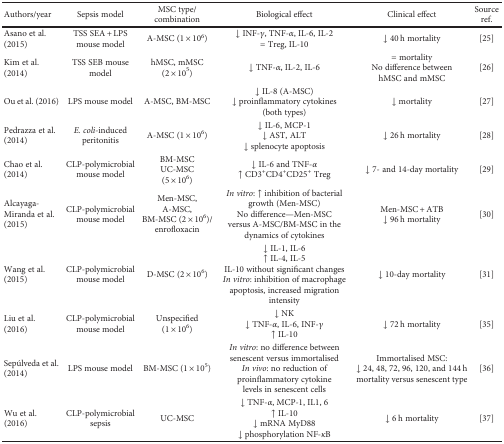
<table><thead><tr><td><b>Authors/year</b></td><td><b>Sepsis model</b></td><td><b>MSC type/combination</b></td><td><b>Biological effect</b></td><td><b>Clinical effect</b></td><td><b>Source ref.</b></td></tr></thead><tbody><tr><td>Asano et al. (2015)</td><td>TSS SEA + LPS mouse model</td><td>A-MSC (1 × 10<sup>6</sup>)</td><td>↓ INF-<i>γ</i>, TNF-<i>α</i>, IL-6, IL-2= Treg, IL-10</td><td>↓ 40 h mortality</td><td>[25]</td></tr><tr><td>Kim et al. (2014)</td><td>TSS SEB mouse model</td><td>hMSC, mMSC (2 × 10<sup>5</sup>)</td><td>↓ TNF-<i>α</i>, IL-2, IL-6</td><td>= mortalityNo difference between hMSC and mMSC</td><td>[26]</td></tr><tr><td>Ou et al. (2016)</td><td>LPS mouse model</td><td>A-MSC, BM-MSC</td><td>↓ IL-8 (A-MSC)↓ proinflammatory cytokines (both types)</td><td>↓ mortality</td><td>[27]</td></tr><tr><td>Pedrazza et al. (2014)</td><td><i>E. coli-</i>induced peritonitis</td><td>A-MSC (1 × 10<sup>6</sup>)</td><td>↓ IL-6, MCP-1↓ AST, ALT↓ splenocyte apoptosis</td><td>↓ 26 h mortality</td><td>[28]</td></tr><tr><td>Chao et al. (2014)</td><td>CLP-polymicrobial mouse model</td><td>BM-MSCUC-MSC(5 × 10<sup>6</sup>)</td><td>↓ IL-6 and TNF-<i>α</i>↑ CD3<sup>+</sup>CD4<sup>+</sup>CD25<sup>+</sup> Treg</td><td>↓ 7- and 14-day mortality</td><td>[29]</td></tr><tr><td>Alcayaga-Miranda et al. (2015)</td><td>CLP-polymicrobial mouse model</td><td>Men-MSC, A-MSC, BM-MSC (2 × 10<sup>6</sup>)/enrofloxacin</td><td><i>In vitro</i>: ↑ inhibition of bacterial growth (Men-MSC)No difference—Men-MSC versus A-MSC/BM-MSC in the dynamics of cytokines</td><td>Men-MSC + ATB↓ 96 h mortality</td><td>[30]</td></tr><tr><td>Wang et al. (2015)</td><td>CLP-polymicrobial mouse model</td><td>D-MSC (2 × 10<sup>6</sup>)</td><td>↓ IL-1, IL-6↑ IL-4, IL-5IL-10 without significant changes<i>In vitro</i>: inhibition of macrophage apoptosis, increased migration intensity</td><td>↓ 10-day mortality</td><td>[31]</td></tr><tr><td>Liu et al. (2016)</td><td>CLP-polymicrobial mouse model</td><td>Unspecified (1 × 10<sup>6</sup>)</td><td>↓ NK↓ TNF-<i>α</i>, IL-6, INF-<i>γ</i>↑ IL-10</td><td>↓ 72 h mortality</td><td>[35]</td></tr><tr><td>Sepúlveda et al. (2014)</td><td>LPS mouse model</td><td>BM-MSC (1 × 10<sup>5</sup>)</td><td><i>In vitro</i>: no difference between senescent versus immortalised<i>In vivo</i>: no reduction of proinflammatory cytokine levels in senescent cells</td><td>Immortalised MSC: ↓ 24, 48, 72, 96, 120, and 144 h mortality versus senescent type</td><td>[36]</td></tr><tr><td>Wu et al. (2016)</td><td>CLP-polymicrobial sepsis</td><td>UC-MSC</td><td>↓ TNF-<i>α</i>, MCP-1, IL1, 6↑ IL-10↓ mRNA MyD88↓ phosphorylation NF-<i>κ</i>B</td><td>↓ 6 h mortality</td><td>[37]</td></tr></tbody></table>